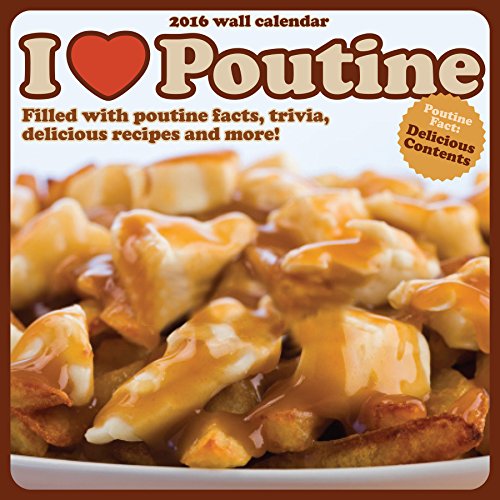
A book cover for I Love Poutine: Filled with Poutine Facts, Trivia, Delicious Recipes and More!; Calendars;